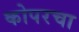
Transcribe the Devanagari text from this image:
कोपरचा